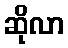
ဆိုလာ